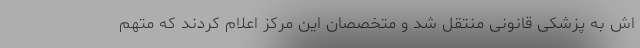
اش به پزشکی قانونی منتقل شد و متخصصان این مرکز اعلام کردند که متهم